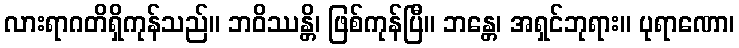
လားရာဂတိရှိကုန်သည်။ ဘဝိဿန္တိ၊ ဖြစ်ကုန်ပြီ။ ဘန္တေ၊ အရှင်ဘုရား။ ပုရာဏော၊